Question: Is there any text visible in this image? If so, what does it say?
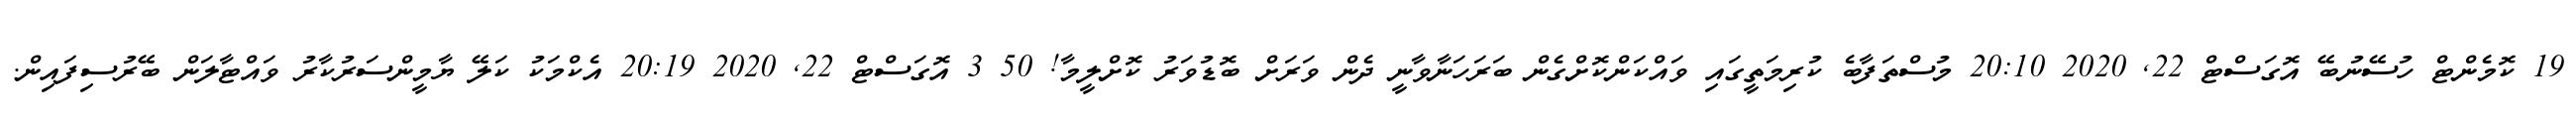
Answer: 19 ކޮމެންޓް ހުސޭނުބޭ އޮގަސްޓް 22, 2020 20:10 މުސްތަފާބެ ކުރިމަތީގައި ވައްކަންކޮށްގެން ބަރަހަނާވާނީ ދެން ވަރަށް ބޮޑުވަރު ކޮށްލީމާ! 50 3 އޮގަސްޓް 22, 2020 20:19 އެކްމަކު ކަލޭ ޔާމީންސަރުކާރު ވައްޓާލަން ބޭރުސިފައިން.